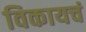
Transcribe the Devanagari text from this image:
विकायचं